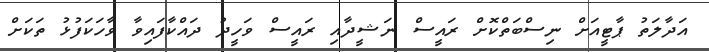
އަދާލަތު ޕާޓީއަށް ނިސްބަތްކޮށް ރައީސް ނަޝީދާއި ރައީސް ވަހީދު ދައްކާފައިވާ ވާހަކަފުޅު ތަކަށް